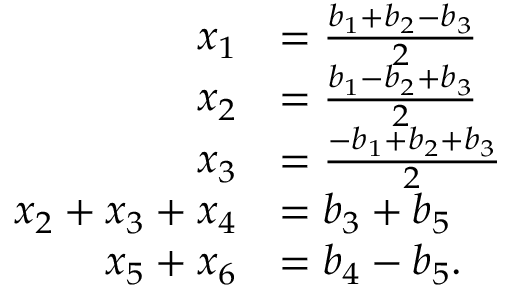
\begin{array} { r l } { x _ { 1 } } & { = \frac { b _ { 1 } + b _ { 2 } - b _ { 3 } } { 2 } } \\ { x _ { 2 } } & { = \frac { b _ { 1 } - b _ { 2 } + b _ { 3 } } { 2 } } \\ { x _ { 3 } } & { = \frac { - b _ { 1 } + b _ { 2 } + b _ { 3 } } { 2 } } \\ { x _ { 2 } + x _ { 3 } + x _ { 4 } } & { = b _ { 3 } + b _ { 5 } } \\ { x _ { 5 } + x _ { 6 } } & { = b _ { 4 } - b _ { 5 } . } \end{array}